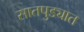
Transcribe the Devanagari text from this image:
सातपुड्यात